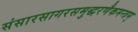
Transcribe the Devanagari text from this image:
संसारसागरसमुद्धरणैकमन्त्रम्